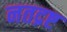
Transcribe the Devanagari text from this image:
नतद्रष्ट